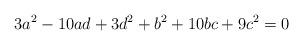
LaTeX: \begin{align*}3a^2-10ad+3d^2+b^2+10bc+9c^2=0\end{align*}